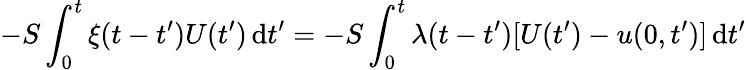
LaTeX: -S\int_{0}^{t}\xi(t-t^{\prime})U(t^{\prime})\, \mathrm{d}t^{\prime}=-S\int_{0}^{t}\lambda(t-t^{\prime})[U(t^{\prime})-u(0,t^{\prime})]\, \mathrm{d}t^{\prime}